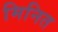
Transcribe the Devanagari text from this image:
मिनित